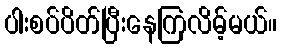
ပါးစပ်ပိတ်ပြီးနေကြလိမ့်မယ်။